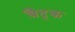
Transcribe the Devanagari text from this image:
बैद्क